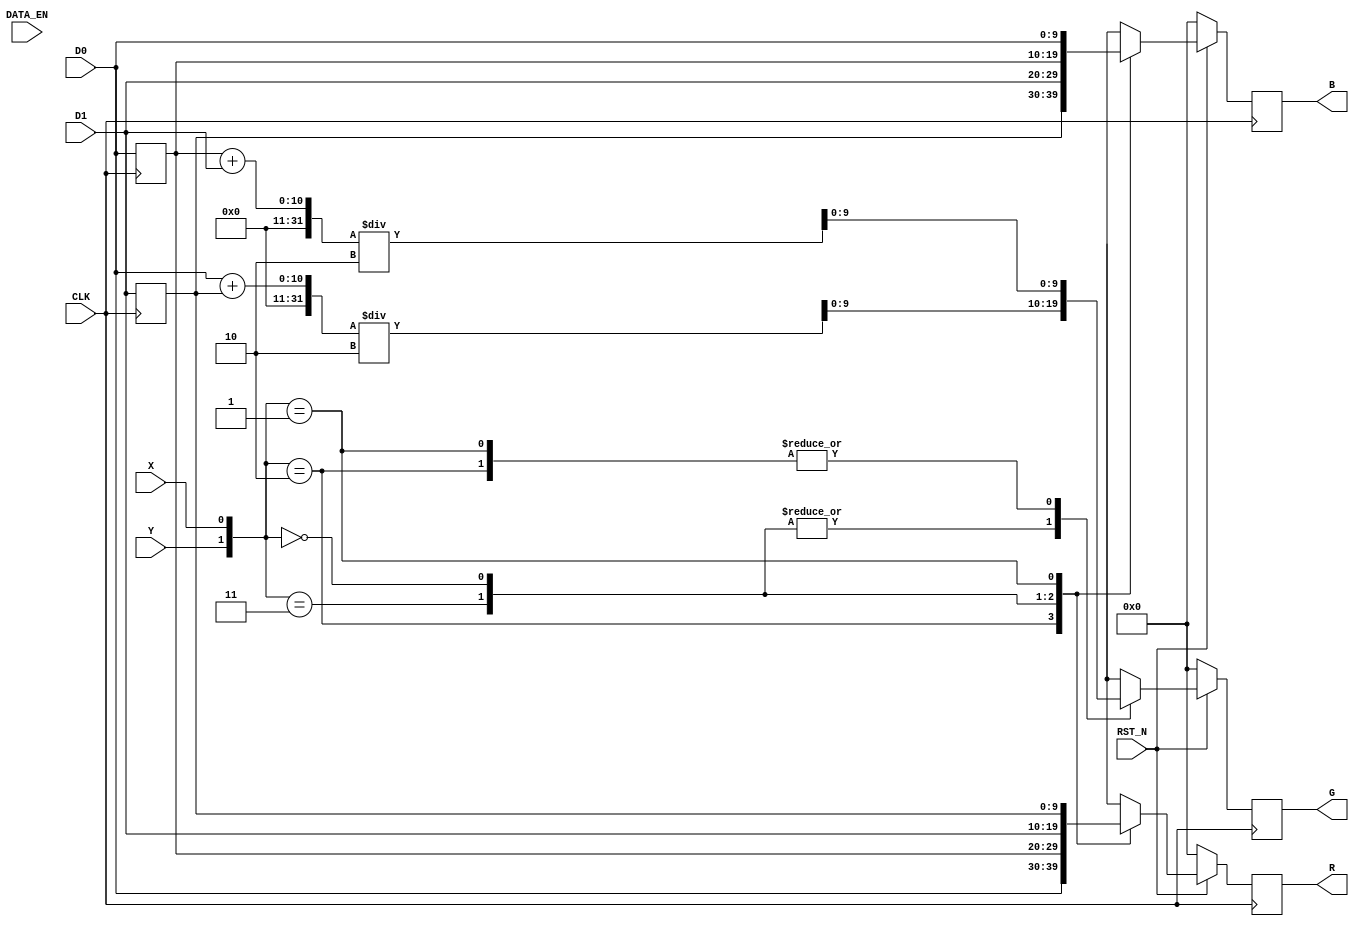
module RAW_RGB_BIN  (
input CLK , 
input RST_N , 
input DATA_EN , 
input [9:0] D0,
input [9:0] D1,
input X,
input Y,

output reg		[9:0]	R,
output reg		[9:0]	G, 
output reg		[9:0]	B
);

reg  [9:0]	rD0;
reg  [9:0]	rD1;

always@(posedge CLK)
begin
	if(!RST_N)
	begin
		R	   <=	0;
		G	   <=	0;
		B	   <=	0;
		rD0	<=	D0;
		rD1	<=	D1;		
	end
	else
	begin
		rD0	<=	D0;
		rD1	<=	D1;
		case ({Y ,X } )
		2: //== 2'b10)
		begin
			R	<=	 D0;
			G	<=  (rD0+D1)/2;
			B	<=	 rD1;
		end	
		3: // else if({Y ,X }== 2'b11)
		begin
			R	<=	rD0;
			G	<=	(D0+rD1)/2;
			B	<=	D1;
		end
		0: // else if({Y ,X }== 2'b00)
		begin
			R	<=	D1;
			G	<=	(D0+rD1)/2;
			B	<=	rD0;
		end
		1: // else if({Y ,X }== 2'b01)
		begin
			R	<=	rD1;
			G	<=	(rD0+D1)/2;
			B	<=	D0;
		end
		endcase 
		
	end
end

endmodule